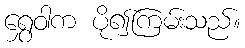
ရွှေဝါက ပို၍ကြမ်းသည်။